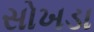
સોખડા